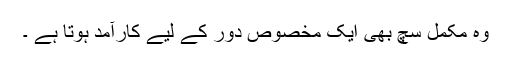
وہ مکمل سچ بھی ایک مخصوص دور کے لیے کارآمد ہوتا ہے ۔